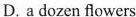
D. a dozen flowers